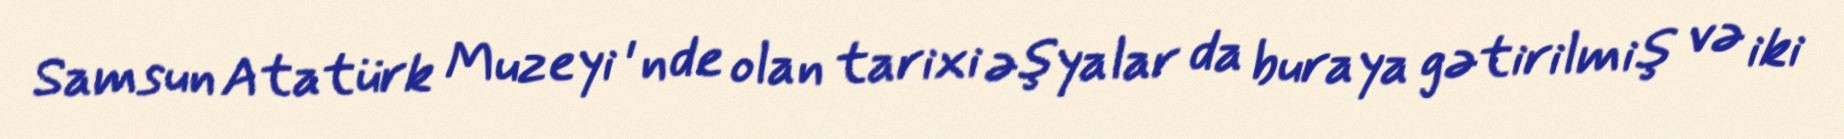
Samsun Atatürk Muzeyi ' nde olan tarixi əşyalar da buraya gətirilmiş və iki